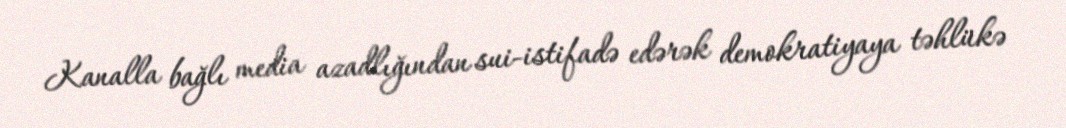
Kanalla bağlı media azadlığından sui-istifadə edərək demokratiyaya təhlükə